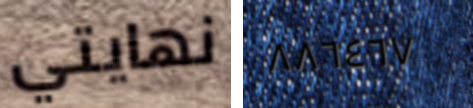
نهايتي ٨٨٦٤٦٧